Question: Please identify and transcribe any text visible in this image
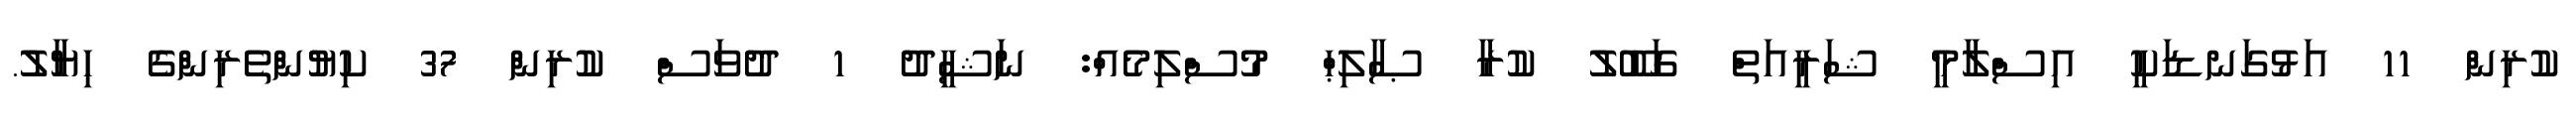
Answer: ކުރިން 11 އަޅުގަނޑަކީ އިސްލާމީ ޝަރީއަތް ގަބޫލު ކުރާ ޞާލިޙް މުސްލިމެއް: ނަޝީދު 1 ދުވަސް ކުރިން 37 ކިޔުންތެރިންގެ ހިޔާލު.